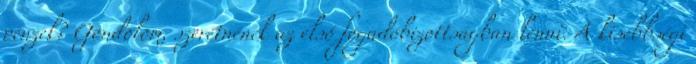
pénzek? Gondolom, szeretnének az első fogadóbizottságban lenni. A kisebbségi